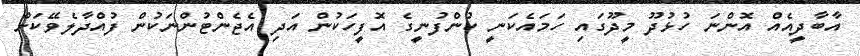
އާބާދީއެއް އޮންނަ ހުޅުދޫ މީދޫގައި ހަމައެކަނީ ކުންފުނީގެ އޮފީހަކުން އަދި އެޖެންޓުންނަކުން ފުއްދާލެވޭކަށް